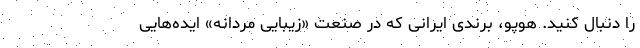
را دنبال کنید. هوپو، برندی ایرانی که در صنعت «زیبایی مردانه» ایده‌هایی